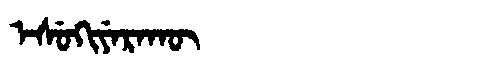
Manchu: ᡝᠰᡠᡴᡳᠶᡝᡵᠠᡴᡡ
Romanization: ESUKIYERAKŪ